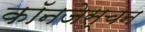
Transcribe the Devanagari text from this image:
कॉनजेस्चन